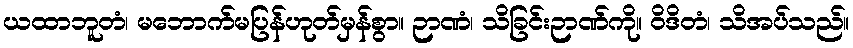
ယထာဘူတံ၊ မဘောက်မပြန်ဟုတ်မှန်စွာ။ ဉာဏံ၊ သိခြင်းဉာဏ်ကို။ ဝိဒိတံ၊ သိအပ်သည်။